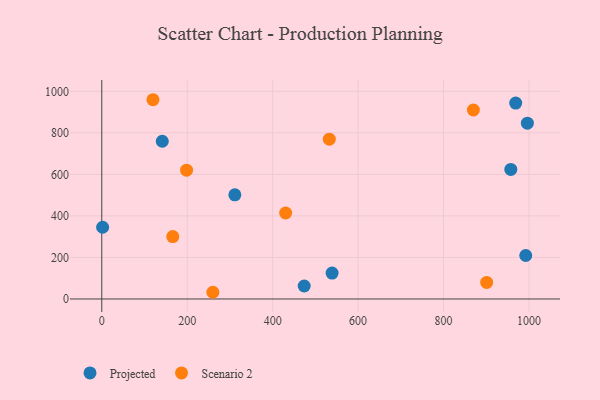
{"axis": {"x": "Speed", "y": "Profit"}, "legend": ["Projected", "Scenario 2"], "data": [{"x": "957.4", "y": 623.9, "type": "Projected"}, {"x": "992.4", "y": 209.3, "type": "Projected"}, {"x": "2.0", "y": 345.4, "type": "Projected"}, {"x": "539.1", "y": 124.9, "type": "Projected"}, {"x": "311.5", "y": 501.7, "type": "Projected"}, {"x": "968.9", "y": 943.3, "type": "Projected"}, {"x": "141.6", "y": 759.6, "type": "Projected"}, {"x": "996.2", "y": 846.4, "type": "Projected"}, {"x": "473.8", "y": 62.4, "type": "Projected"}, {"x": "260.0", "y": 32.3, "type": "Scenario 2"}, {"x": "198.5", "y": 620.4, "type": "Scenario 2"}, {"x": "869.8", "y": 910.1, "type": "Scenario 2"}, {"x": "166.2", "y": 300.5, "type": "Scenario 2"}, {"x": "532.6", "y": 769.3, "type": "Scenario 2"}, {"x": "119.8", "y": 959.5, "type": "Scenario 2"}, {"x": "900.9", "y": 79.7, "type": "Scenario 2"}, {"x": "430.4", "y": 414.1, "type": "Scenario 2"}]}